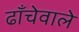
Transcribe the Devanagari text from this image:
ढाँचेवाले